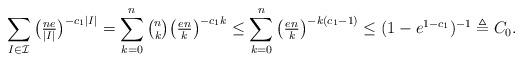
LaTeX: \begin{align*}\sum_{I\in\mathcal{I}}\big(\tfrac{ne}{|I|}\big)^{-c_1 |I|}=\sum_{k=0}^n \tbinom{n}{k} \big(\tfrac{en}{k}\big)^{-c_1k} \le \sum_{k=0}^n\big(\tfrac{en}{k}\big)^{-k(c_1-1)}\le (1-e^{1-c_1})^{-1}\triangleq C_0.\end{align*}